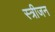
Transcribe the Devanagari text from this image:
स्त्रीजन